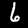
Label: 6